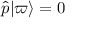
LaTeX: { \hat { p } } | \varpi \rangle = 0